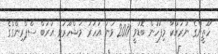
ހޫތީންގެ ނުރައްކާ މިފަހުން ބޮޑުވީ 2011 ވަނަ އަހަރު މަޝްހޫރުވި އަރަބް ސްޕްރިންގްގެ